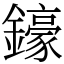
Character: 𨮙